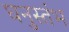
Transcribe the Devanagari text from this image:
घनुस्तंभ